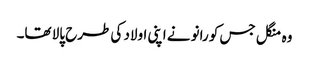
وہ منگل جس کو رانو نے اپنی اولاد کی طرح پالا تھا۔